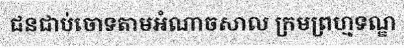
ជនជាប់ចោទតាមអំណាចសាល ក្រមព្រហ្មទណ្ឌ